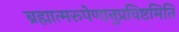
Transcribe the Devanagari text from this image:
ब्रह्मात्मरूपेणानुप्रविष्टमिति